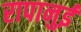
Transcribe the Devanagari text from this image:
रापानुई